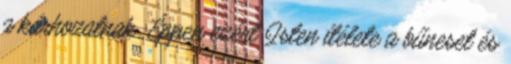
a kárhozatnak. Éppen ezért Isten ítélete a bűneset és